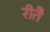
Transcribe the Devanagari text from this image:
रीतै